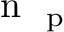
\mathrm { ~ n ~ } _ { \mathrm { ~ p ~ } }